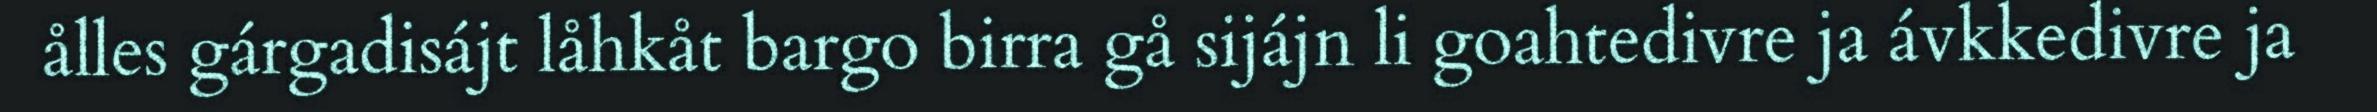
ålles gárgadisájt låhkåt bargo birra gå sijájn li goahtedivre ja ávkkedivre ja